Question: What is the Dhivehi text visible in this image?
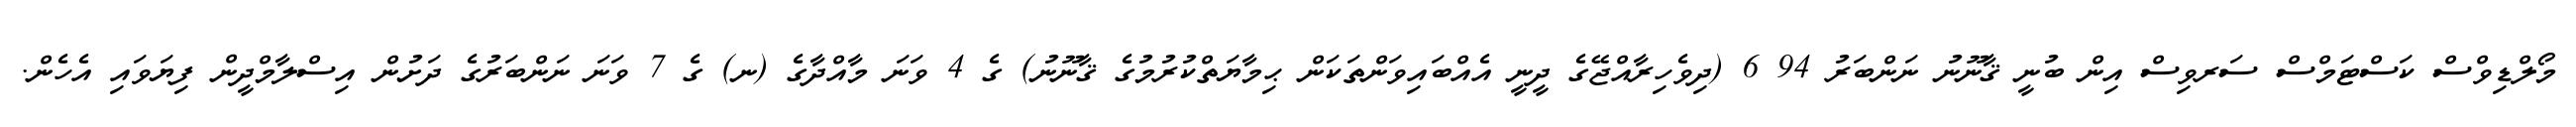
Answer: މޯލްޑިވްސް ކަސްޓަމްސް ސަރވިސް އިން ބުނީ ޤާނޫނު ނަންބަރު 94 6 (ދިވެހިރާއްޖޭގެ ދީނީ އެއްބައިވަންތަކަން ޙިމާޔަތްކުރުމުގެ ޤާނޫނު) ގެ 4 ވަނަ މާއްދާގެ (ނ) ގެ 7 ވަނަ ނަންބަރުގެ ދަށުން އިސްލާމްދީން ފިޔަވައި އެހެން.